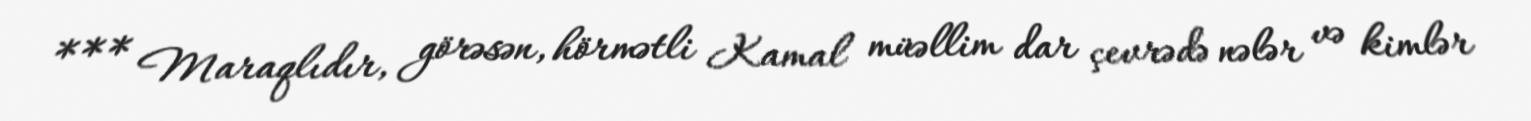
*** Maraqlıdır, görəsən, hörmətli Kamal müəllim dar çevrədə nələr və kimlər